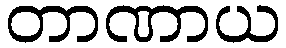
တာဏာယ